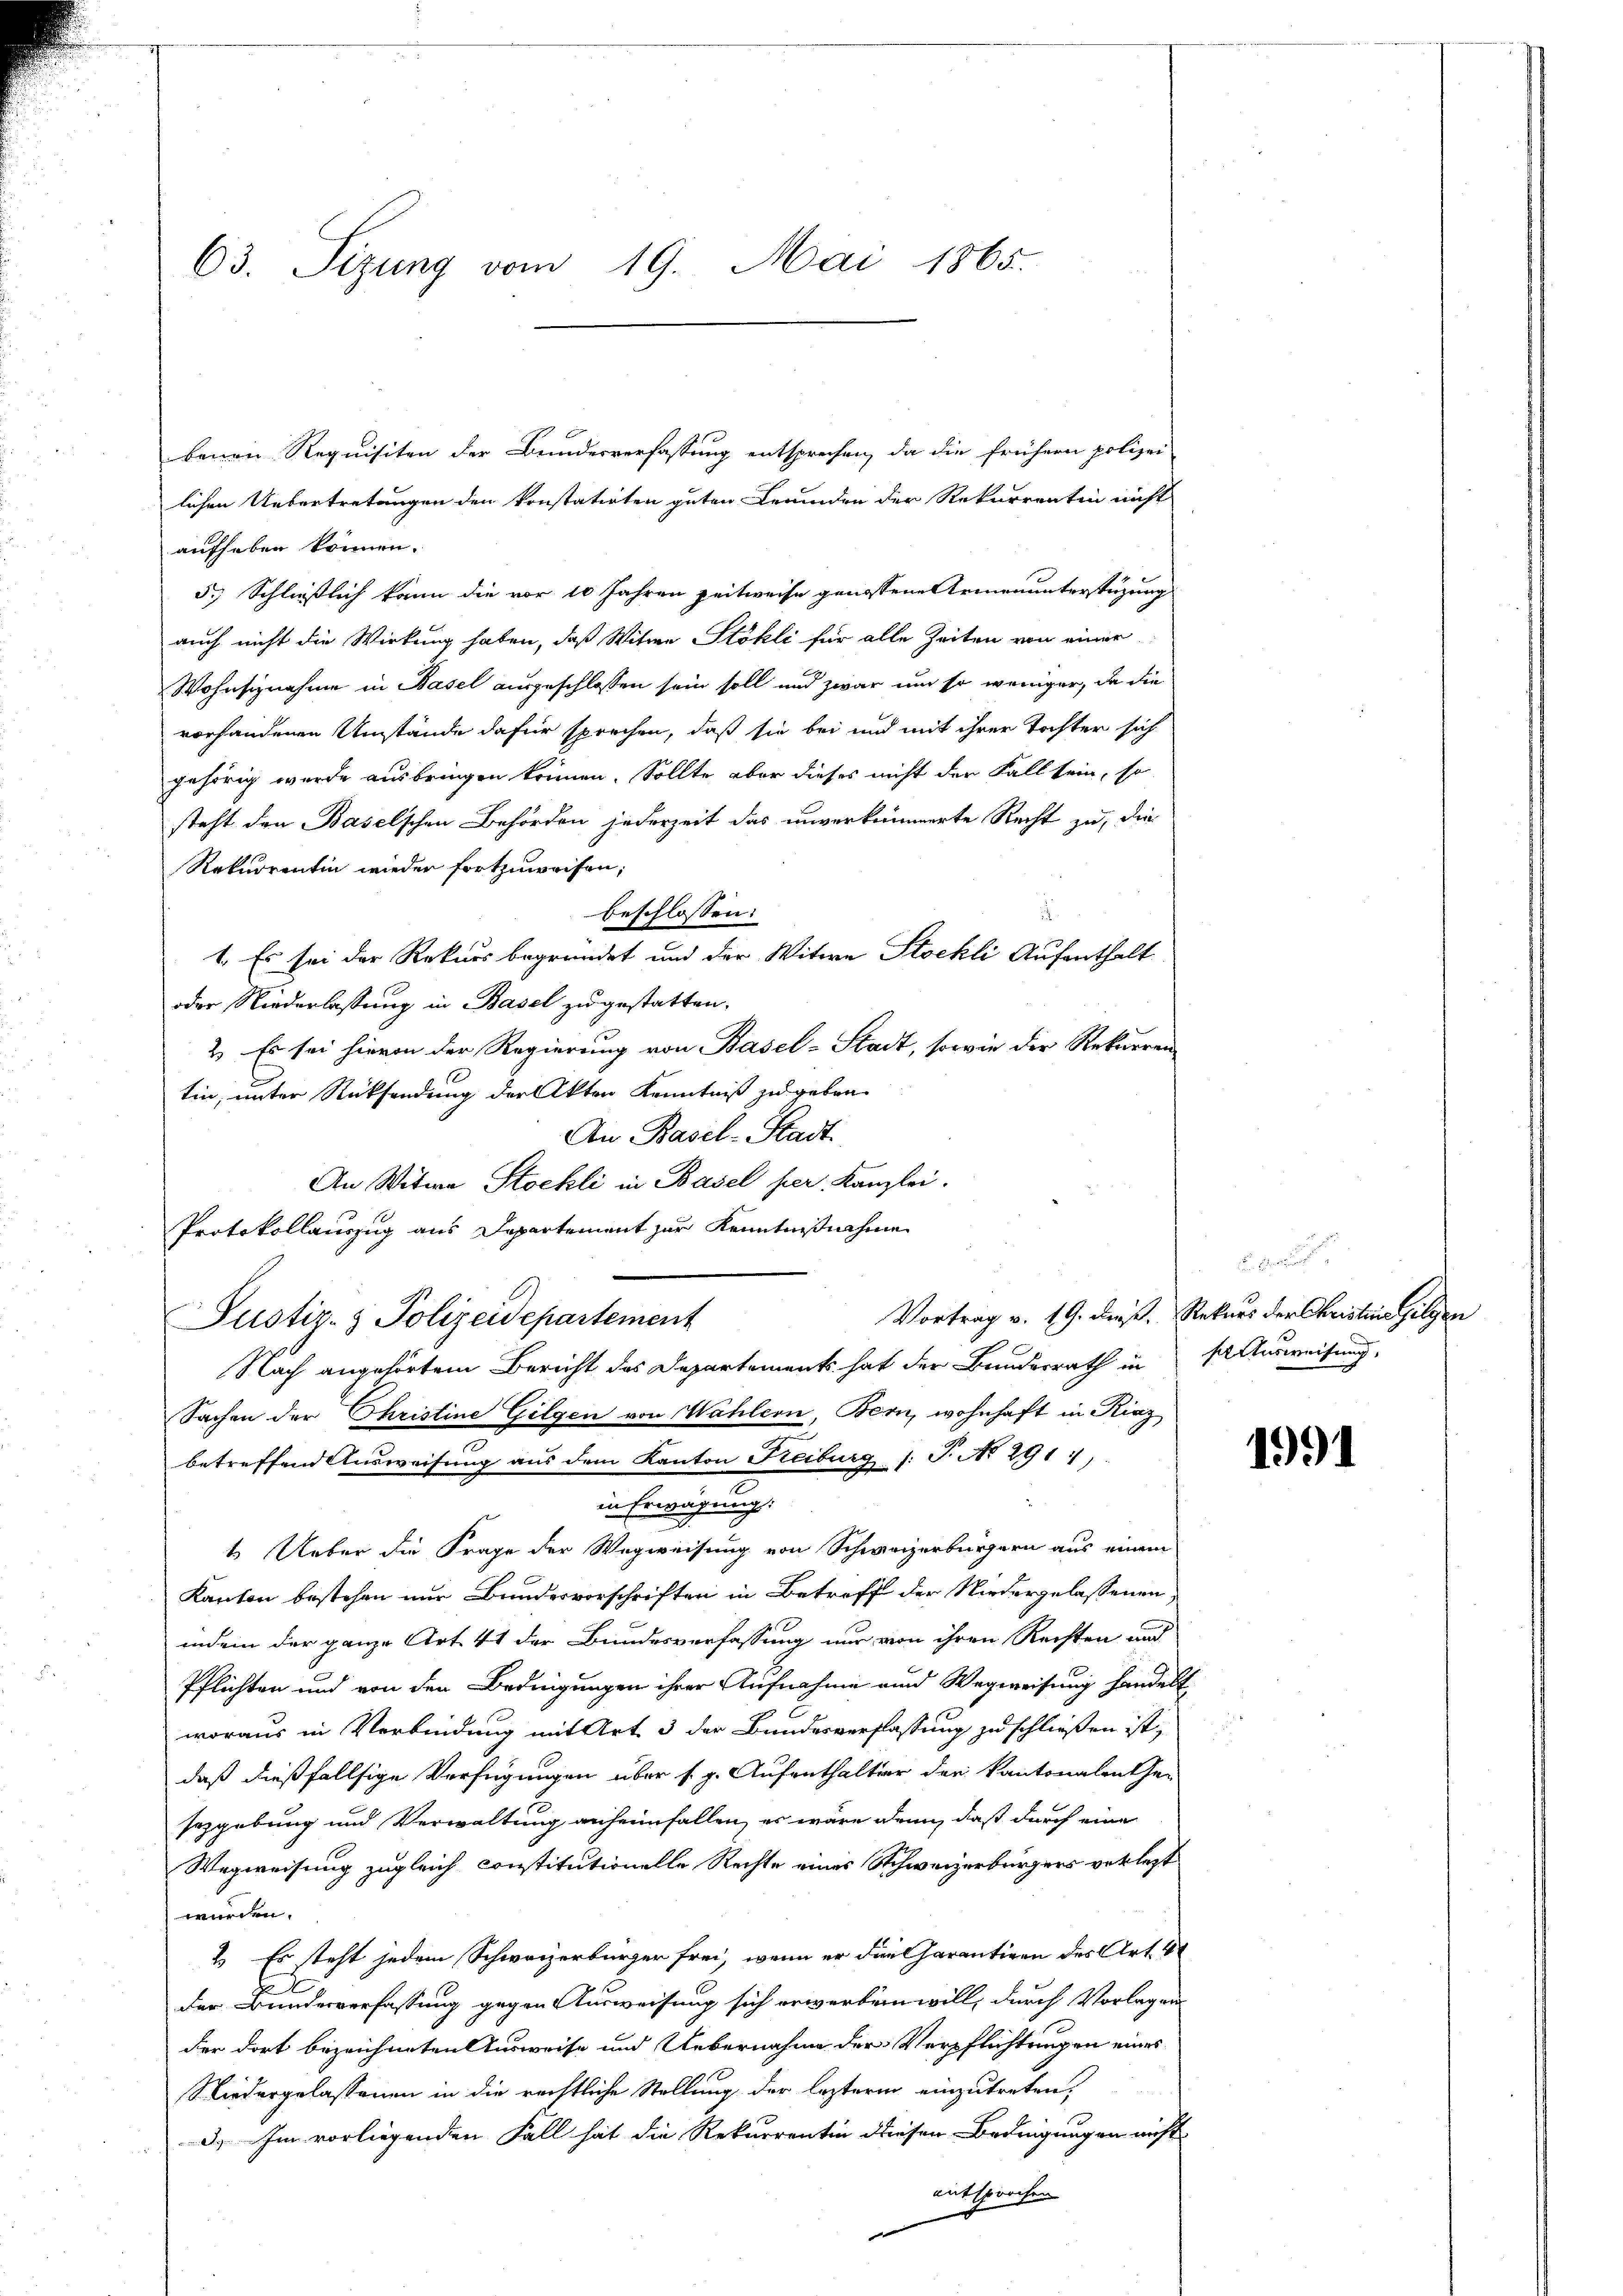
63. Sizung vom 19. Mai 1865.

bauen Requisiten der Bundesverfassung entsprechen, da die frühern polizei
lichen Uebertretungen den konstatirten guten Freunden der Rekurrentin nicht
aufhaben können.
5.) Schließlich kann die vor 10 Jahren zeitweise genossene Armenunterstüzung
auch nicht die Wirkung haben, daß Witwe Stokli für alle Zeiten von einer
Wohnsiznahme in Basel ausgeschlossen sein soll und zwar um so weniger, da die
vorhandenen Umstände dafür sprechen, daß sie bei und mit ihrer Tochter sich
gehörig wurde ausbringen können. Sollte aber dieses nicht der Fall sein, so
steht den Baselschen Behörden jederzeit das unverkümmerte Recht zu, die
Rekurrentin wieder fortzuweisen,
beschlossen:
1. Es sei der Rekurs begründet und der Witwe Stockli Aufenthalt
oder Niederlassung in Basel zu gestatten.
2. Es sei hievon der Regierung von Basel-Stadt, sowie der Rekurren
tin, unter Rücksendung der Akten Kenntniß zu geben
An Basel-Stadt
An Witwe Stockli in Basel per Kanzlei.
Protokollauszug aus Departement zur Kenntnißnahme
Vortrag v. 19. dieß, Rekurs der Christine Gilgen
Justiz- & Polizeidepartement
Nach angehörtem Bericht des Departements hat der Bundesrath in
Sachen der Christine Gilgen von Wahlern, Bern, wohnhaft in Kinz
betreffend Ausweisung aus dem Kanton Freiburg (T. No 291
in Erwägung:
1. Ueber die Frage der Wegweisung von Schweizerbürgern aus einem
Kanton bestehen nur Bundesvorschriften in Betreff der Niedergelassenen,
indem der ganze Art. 41 der Bundesverfassung nur von ihren Rechten und
Pflichten und von den Bedingungen ihrer Aufnahme und Wegweisung handelt
woraus in Verbindung mit Art. 3 der Bundesverflassung zu schließen ist,
daß dießfallsige Verfügungen über s. g. Aufenthalter der Kantonalenther
sozgebung und Verwaltung anheimfallen, es wäre denn, daß durch eine
Wegweisung zugleich constitutionelle Rechte eines Schweizerbürgers verlegt
würden.
2.) Es steht jedem Schweizerbürger frei, wenn er die Charantigen des Art. 41
der Bunderverfassung gegen Ausweisung sich erworben will, durch Vorlagen
der dort bezeichneten Ausweise und Uebernahme der Verpflichtungen eines
Niedergelassenen in die rechtliche Stellung der lezterm einzutreten,
d.) Im vorliegenden Fall hat die Rekurrentin diesen Bedingungen nicht
entsprochen

de der und de
sausweisung,

1991